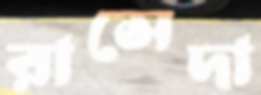
রাসেদা